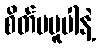
စိတ်မပူပါနဲ့